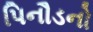
પિનૌડનો